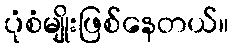
ပုံစံမျိုးဖြစ်နေတယ်။